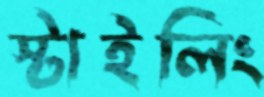
স্টাইলিং